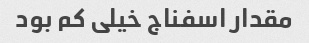
مقدار اسفناج خیلی کم بود